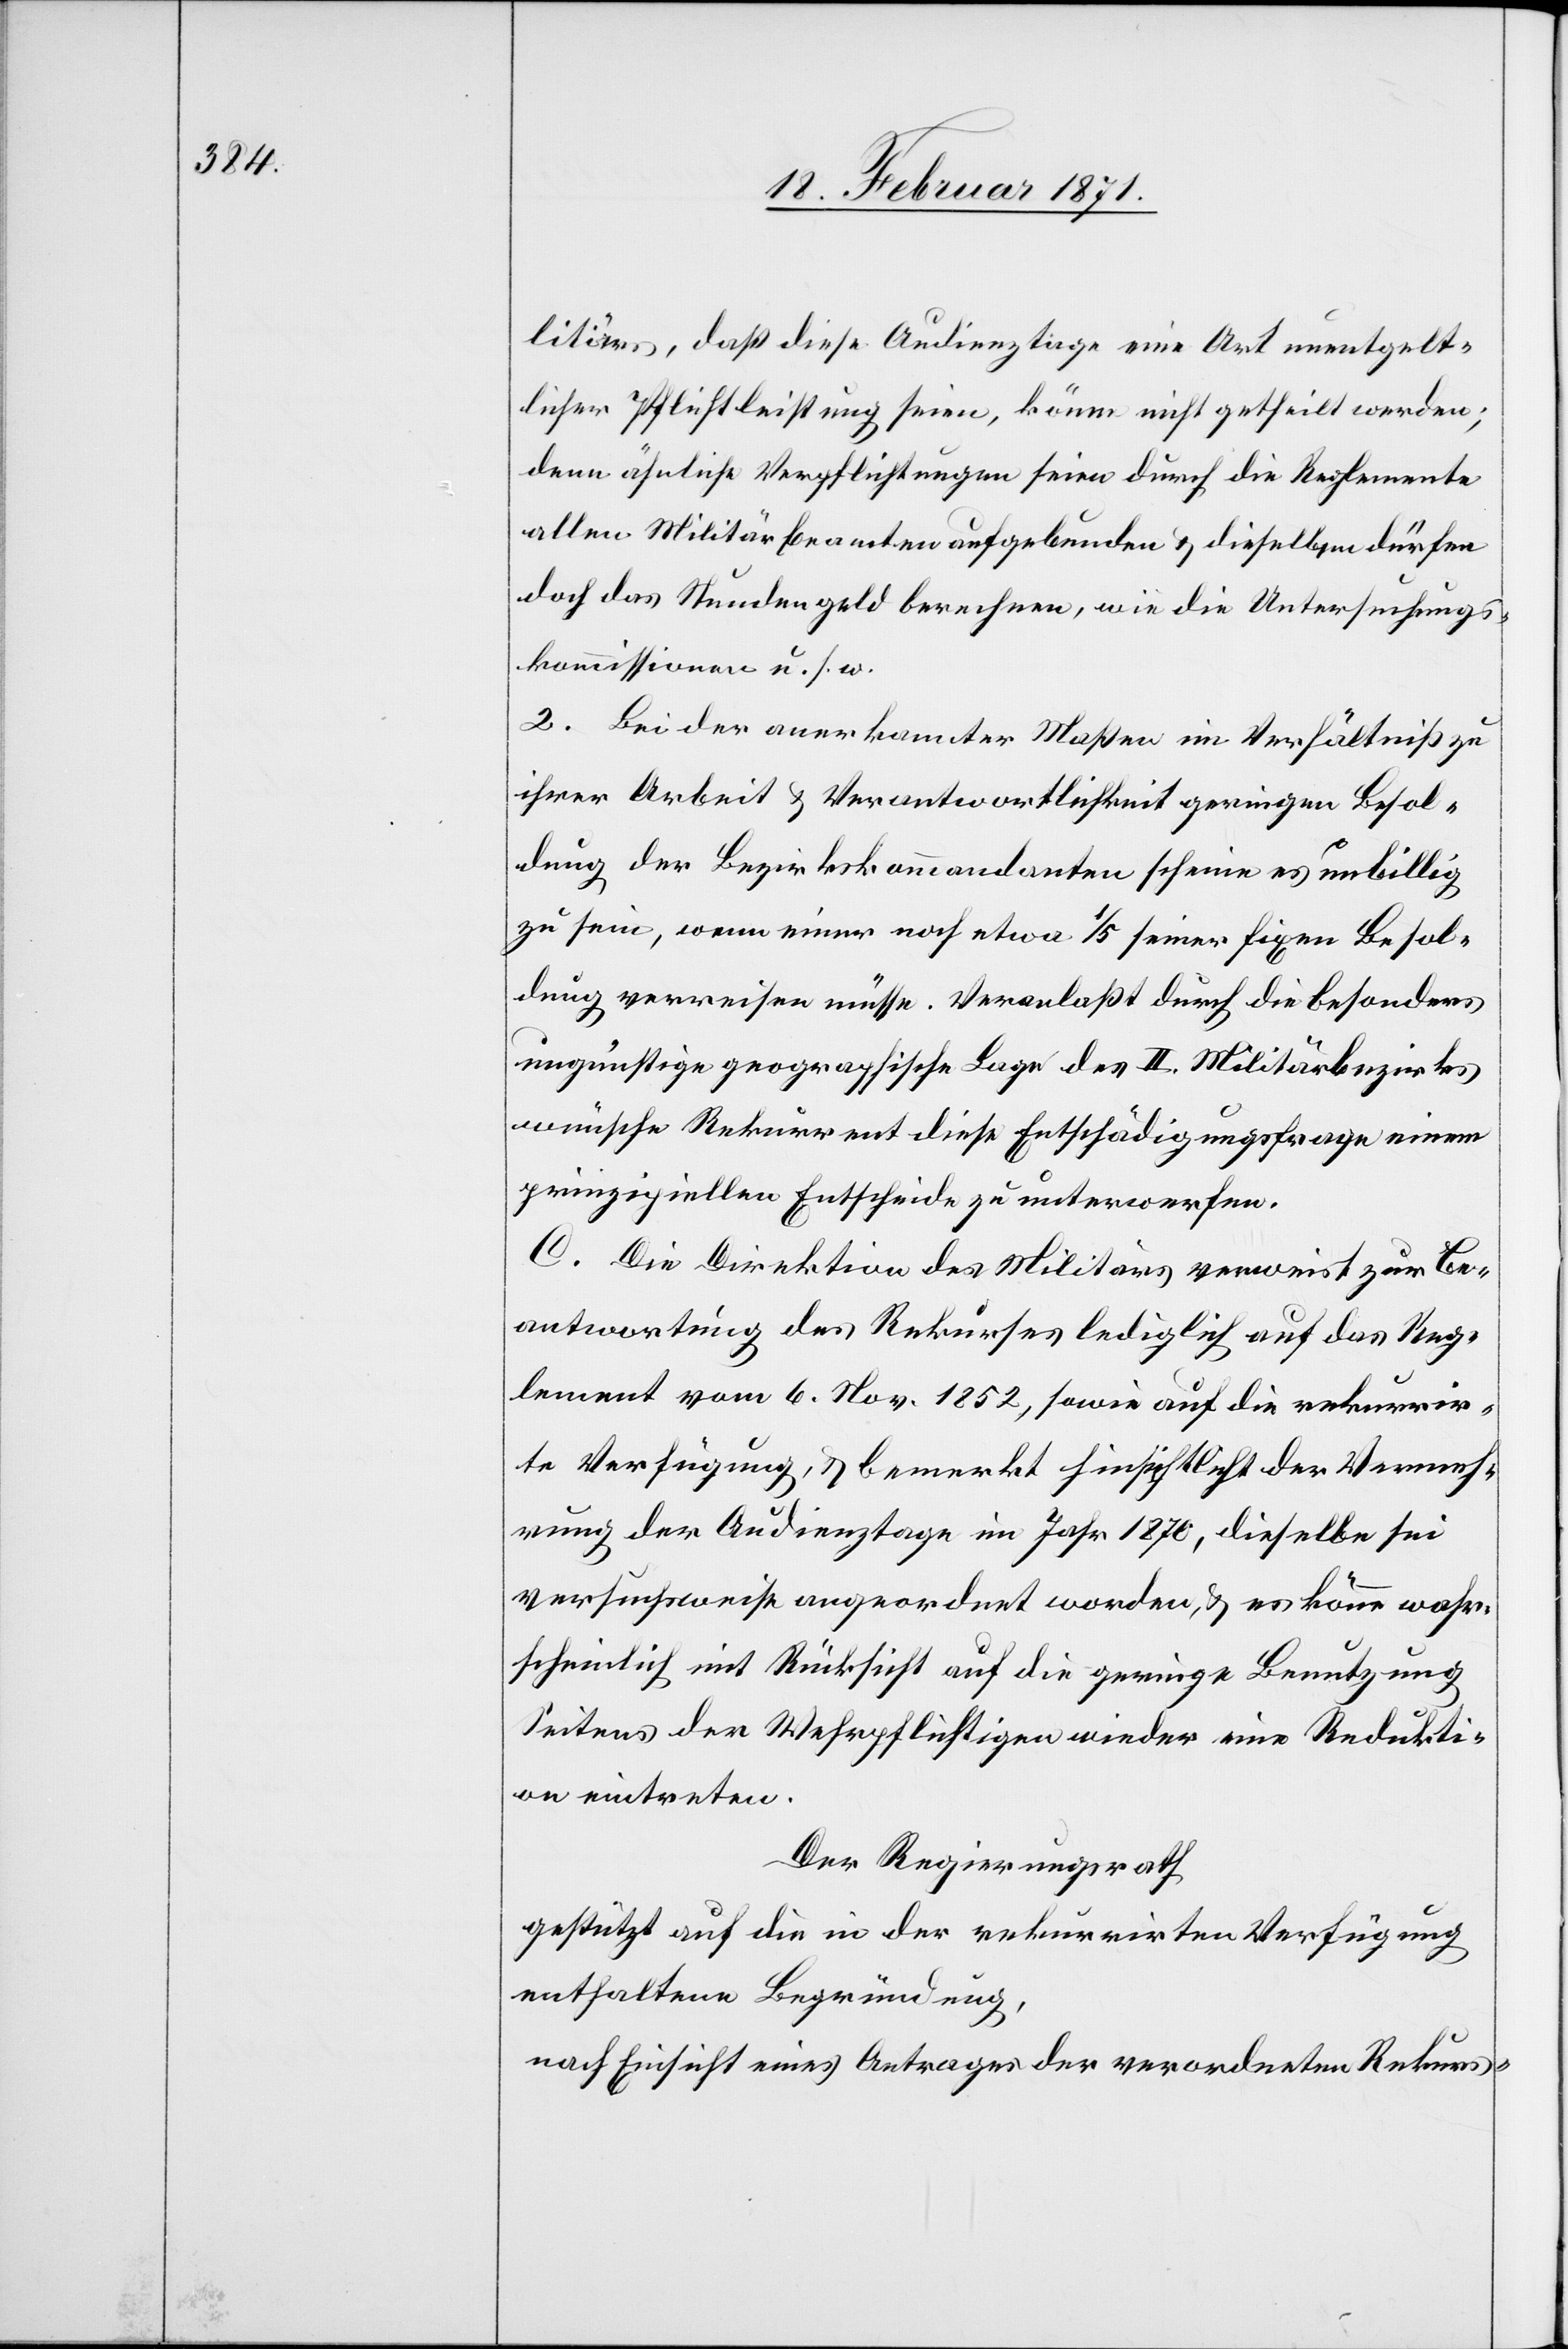
litärs, daß diese Audienztage eine Art unentgelt¬
licher Pflichtleistung seien, könne nicht getheilt werden;
denn ähnliche Verpflichtungen seinen durch die Reglemente
allen Militärbeamten aufgebunden u. dieselben dürfen
doch das Stundengeld berechnen, wie die Untersuchungs¬
kommissionen u. s. w.
2. Bei der anerkannter Maßen im Verhältniß zu
ihrer Arbeit u. Verantwortlichkeit geringen Besol¬
dung der Bezirkskommandanten scheine es unbillig
zu sein, wenn einer noch etwa 1/5 seiner fixen Besol¬
dung verreisen müsse. Veranlaßt durch die Besonders
ungünstige geographische Lage des II. Militärbezirks
wünsche Rekurrent diese Entschädigungsfrage einem
prinzipiellen Entscheide zu unterwerfen.
C. Die Direktion des Militärs verweist zur Be¬
antwortung des Rekurses lediglich auf das Reg¬
lement vom 6. Nov. 1852, sowie auf die rekurrir¬
te Verfügung, u. bemerkt hinsichtlicht [sic!] der Vermeh¬
rung der Audienztage im Jahr 1870, dieselbe sei
versuchsweise angeordnet worden, u. es könne wahr¬
scheinlich mit Rücksicht auf die geringe Benutzung
Seitens der Wehrpflichtigen wieder eine Redukti¬
on eintreten.
Der Regierungsrath
gestützt auf die in der rekurrirten Verfügung
enthaltene Begründung,
nach Einsicht eines Antrages der verordneten Rekurs-